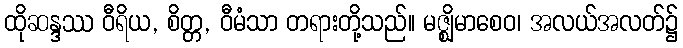
ထိုဆန္ဒဿ ဝီရိယ, စိတ္တ, ဝီမံသာ တရားတို့သည်။ မဇ္ဈိမာစေဝ၊ အလယ်အလတ်၌